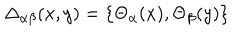
LaTeX: \Delta _ { \alpha \beta } ( x , y ) = \left\{ \Theta _ { \alpha } ( x ) , \Theta _ { \beta } ( y ) \right\}